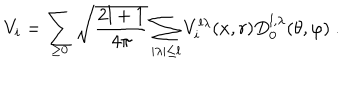
V _ { i } = \sum _ { \geq 0 } \sqrt { \frac { 2 l + 1 } { 4 \pi } } \sum _ { \mid \lambda \mid \leq l } V _ { i } ^ { l \lambda } ( x , r ) D _ { 0 } ^ { l , \lambda } ( \theta , \varphi ) ~ .